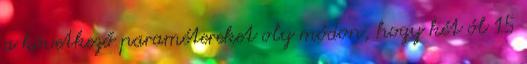
a következő paramétereket oly módon, hogy két ól 15